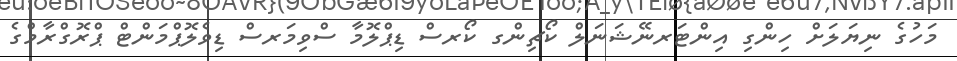
މަހުގެ ނިޔަލަށް ހިންގި އިންޓަރނޭޝަނަލް ކޯޗިންގ ކޯރސް ޑިޕްލޮމާ ސްވިމަރސް ޑިވެލޮޕްމަންޓް ޕްރޮގްރާމްގެ